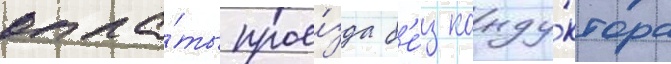
опла́ты прое́зда б'е́з конду́ктора